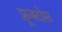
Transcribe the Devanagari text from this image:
फ़्रूक्टोस